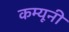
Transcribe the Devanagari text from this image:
कम्यूनी